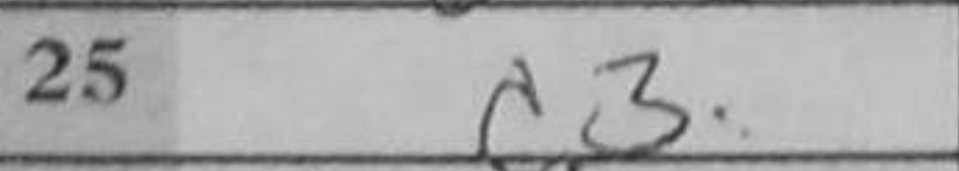
Transcription: c3